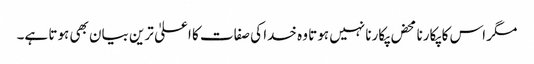
مگر اس کا پکارنا محض پکارنا نہیں ہوتا وہ خدا کی صفات کا اعلیٰ ترین بیان بھی ہوتا ہے۔